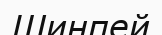
Шинпей